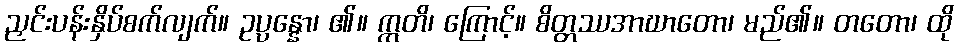
ညှင်းပန်းနှိပ်စက်လျက်။ ဥပ္ပန္နော၊ ၏။ ဣတိ၊ ကြောင့်။ စိတ္တဿအာဃာတော၊ မည်၏။ တတော၊ ထို